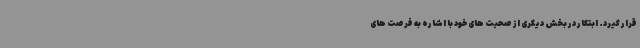
قرار گیرد. ابتکار در بخش دیگری از صحبت های خود با اشاره به فرصت های